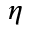
\eta